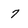
Character: 7